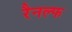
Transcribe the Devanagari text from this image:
रैनल्फ